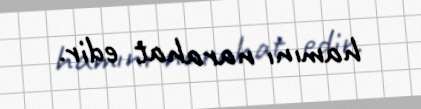
hamını narahat edir.